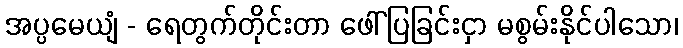
အပ္ပမေယျံ - ရေတွက်တိုင်းတာ ဖေါ်ပြခြင်းငှာ မစွမ်းနိုင်ပါသော၊